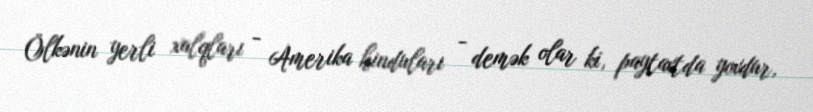
Ölkənin yerli xalqları - Amerika hinduları - demək olar ki, paytaxtda yoxdur,